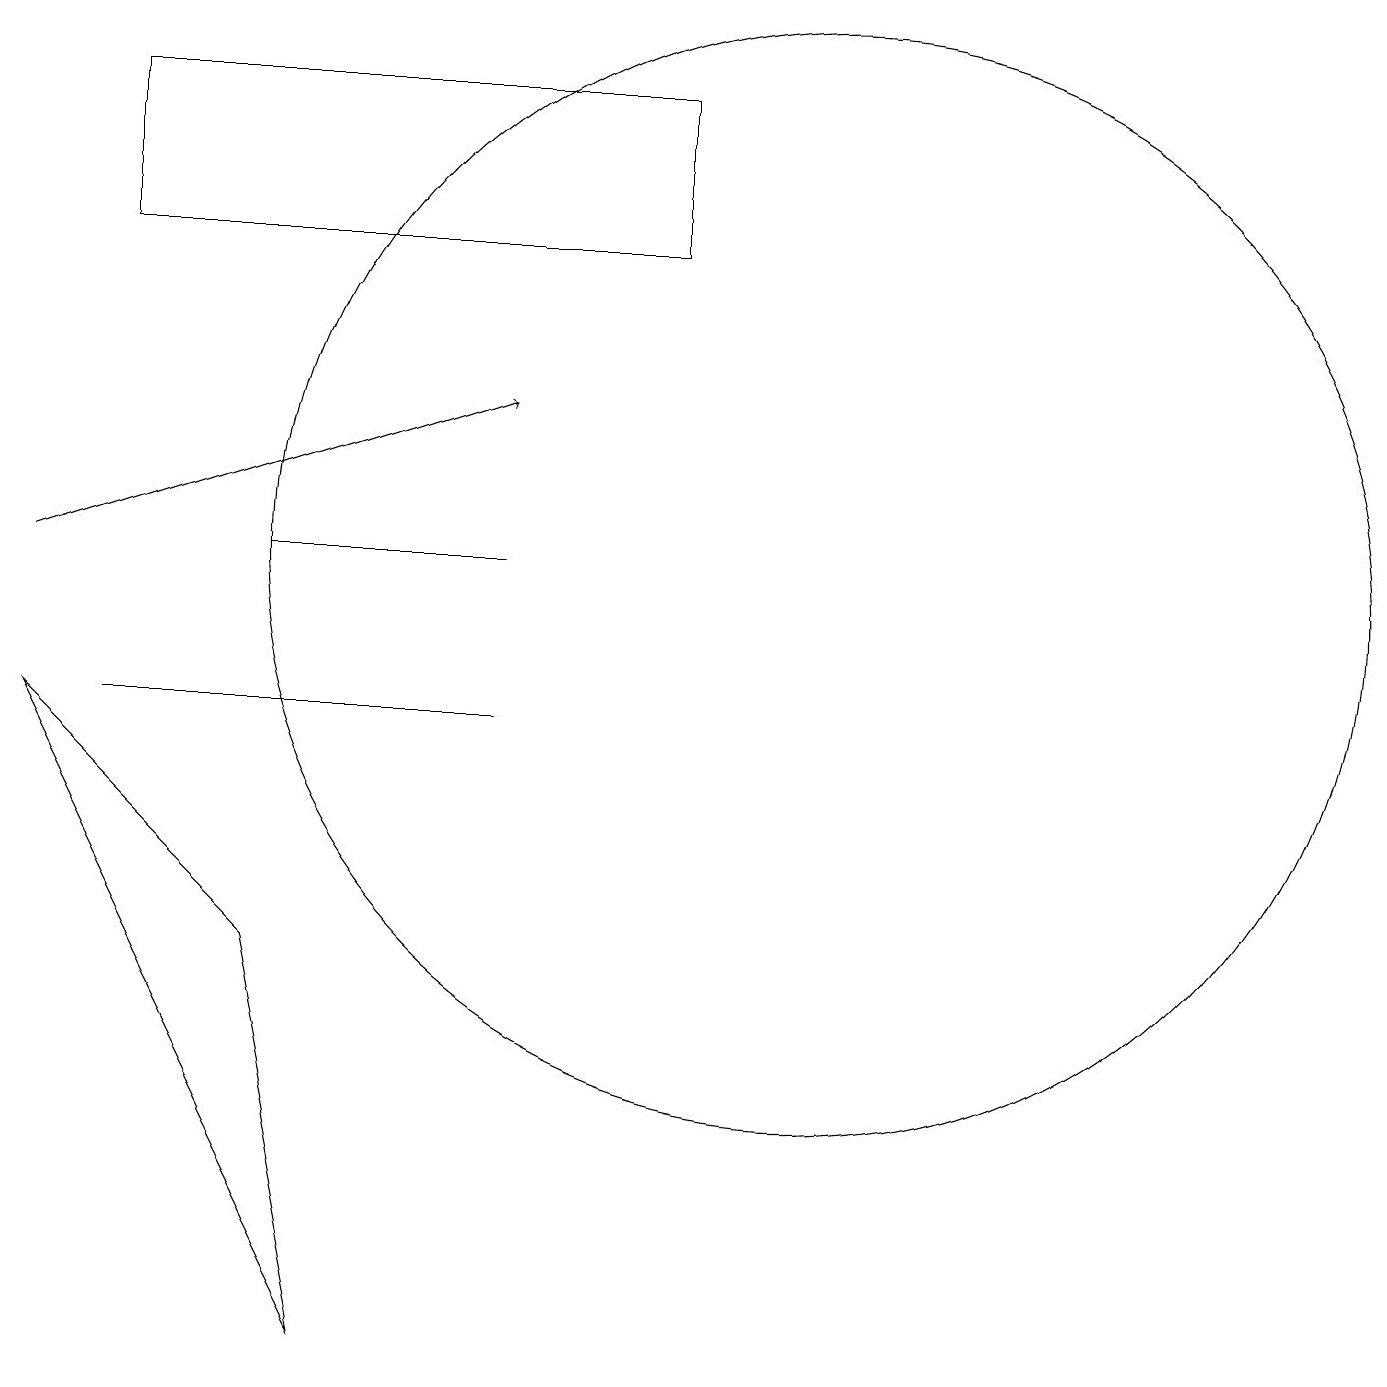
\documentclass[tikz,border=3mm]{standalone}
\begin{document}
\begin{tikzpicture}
\draw (10,11) circle (7);
\draw (6,11) rectangle (3,11);
\draw (1,9) -- (6,9) -- (2,9) -- cycle;
\draw (1,15) rectangle (8,17);
\draw[->] (0,11) -- (6,13);
\draw (0,9) -- (3,6) -- (4,1) -- cycle;
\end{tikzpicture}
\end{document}